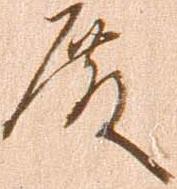
殿